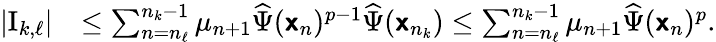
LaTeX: \begin{array}{rl}{|\mathrm{I}_{k,\ell}|}&{\leq\sum_{n=n_{\ell}}^{n_{k}-1}\mu_{n+1}\widehat\Psi({\boldsymbol{\mathsf{x}}}_{n})^{p-1}\widehat\Psi({\boldsymbol{\mathsf{x}}}_{n_{k}})\leq\sum_{n=n_{\ell}}^{n_{k}-1}\mu_{n+1}\widehat\Psi({\boldsymbol{\mathsf{x}}}_{n})^{p}.}\end{array}